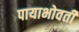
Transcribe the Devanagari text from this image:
पायाभोवती